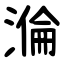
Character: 溣